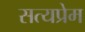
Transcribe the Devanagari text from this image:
सत्यप्रेम